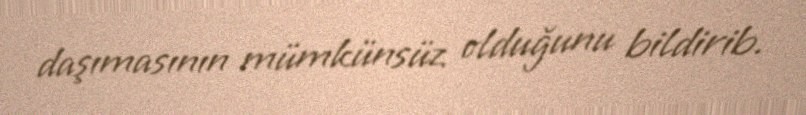
daşımasının mümkünsüz olduğunu bildirib.